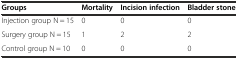
<table><thead><tr><td><b>Groups</b></td><td><b>Mortality</b></td><td><b>Incision infection</b></td><td><b>Bladder stone</b></td></tr></thead><tbody><tr><td>Injection group N = 15</td><td>0</td><td>0</td><td>0</td></tr><tr><td>Surgery group N = 15</td><td>1</td><td>2</td><td>2</td></tr><tr><td>Control group N = 10</td><td>0</td><td>0</td><td>0</td></tr></tbody></table>